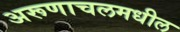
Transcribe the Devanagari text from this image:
अरूणाचलमधील